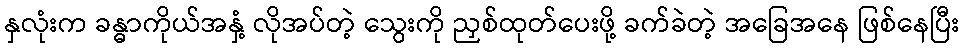
နှလုံးက ခန္ဓာကိုယ်အနှံ့ လိုအပ်တဲ့ သွေးကို ညှစ်ထုတ်ပေးဖို့ ခက်ခဲတဲ့ အခြေအနေ ဖြစ်နေပြီး